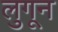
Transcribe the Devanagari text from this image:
लुगून